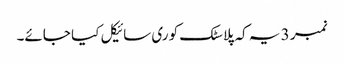
نمبر 3 یہ کہ پلاسٹک کو ری سائیکل کیا جائے۔